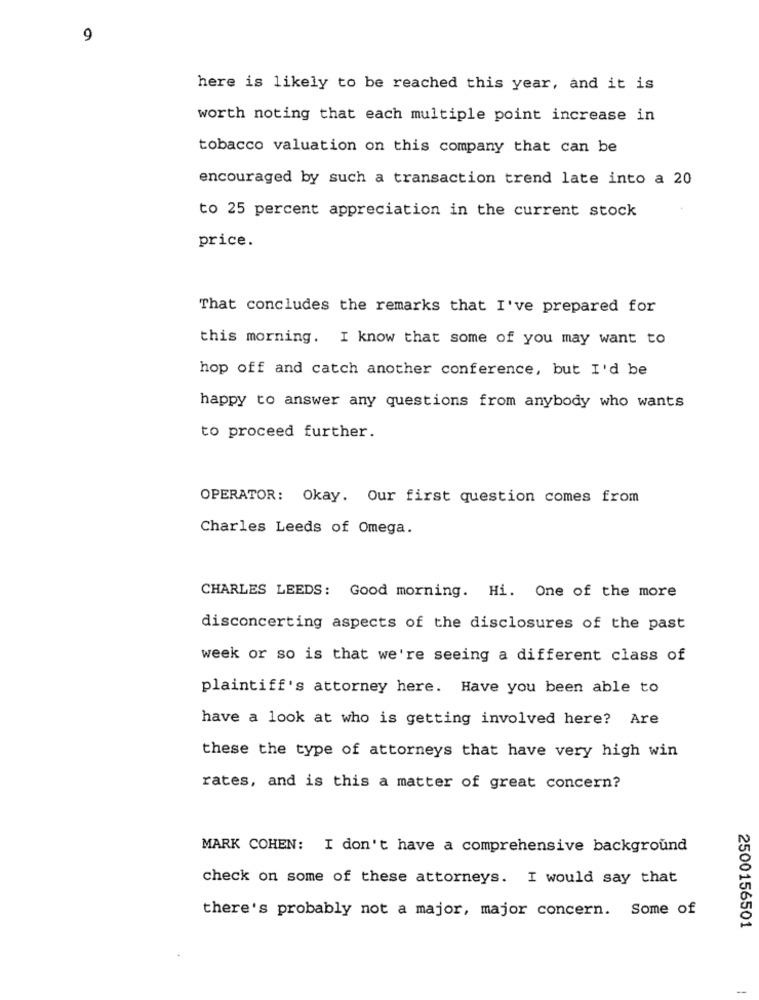
9
here is likely to be reached this year, and it is
worth noting that each multiple point increase in
tobacco valuation on this company that can be
encouraged by such a transaction trend late into a 20
to 25 percent appreciation in the current stock
price.
That concludes the remarks that I've prepared for
this morning. I know that some of you may want to
hop off and catch another conference, but I'd be
happy to answer any questions from anybody who wants
to proceed further.
OPERATOR: Okay. Our first question comes from
Charles Leeds of Omega.
CHARLES LEEDS: Good morning. Hi. One of the more
disconcerting aspects of the disclosures of the past
week or so is that we're seeing a different class of
plaintiff's attorney here. Have you been able to
have a look at who is getting involved here? Are
these the type of attorneys that have very high win
rates, and is this a matter of great concern?
MARK COHEN: I don't have a comprehensive background
check on some of these attorneys. I would say that
there's probably not a major, major concern. Some of
2500156501